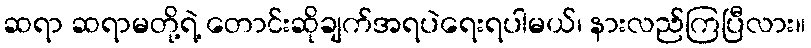
ဆရာ ဆရာမတို့ရဲ့ တောင်းဆိုချက်အရပဲရေးရပါမယ်၊ နားလည်ကြပြီလား။